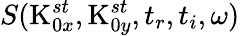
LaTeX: S(\textrm{K}_{0x}^{st},\textrm{K}_{0y}^{st},t_{r},t_{i},\omega)